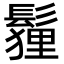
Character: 𩮞